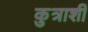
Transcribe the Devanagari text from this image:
कुत्राशी